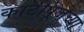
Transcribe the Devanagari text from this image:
काठीपूजेच्या